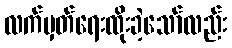
လက်မှတ်ရေးထိုးခဲ့သော်လည်း